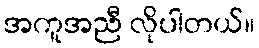
အကူအညီ လိုပါတယ်။